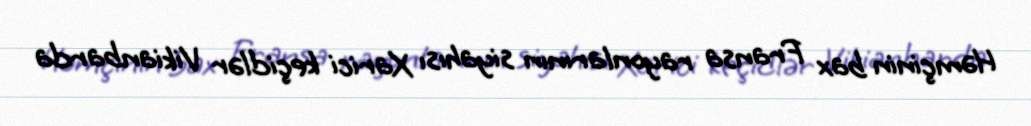
Həmçinin bax Fransa rayonlarının siyahısı Xarici keçidlər Vikianbarda